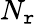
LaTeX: N_{\mathtt{r}}